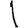
Digit: 1